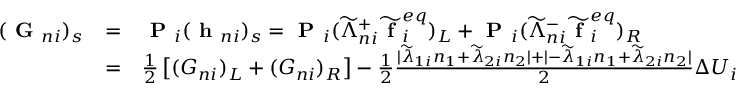
\begin{array} { r } { \begin{array} { l c l } { ( \textbf { G } _ { n i } ) _ { s } } & { = } & { \textbf { P } _ { i } ( \textbf { h } _ { n i } ) _ { s } = \textbf { P } _ { i } ( \widetilde { \Lambda } _ { n i } ^ { + } \widetilde { \textbf { f } } _ { i } ^ { e q } ) _ { L } + \textbf { P } _ { i } ( \widetilde { \Lambda } _ { n i } ^ { - } \widetilde { \textbf { f } } _ { i } ^ { e q } ) _ { R } } \\ & { = } & { \frac { 1 } { 2 } \left[ ( G _ { n i } ) _ { L } + ( G _ { n i } ) _ { R } \right] - \frac { 1 } { 2 } \frac { | \widetilde { \lambda } _ { 1 i } n _ { 1 } + \widetilde { \lambda } _ { 2 i } n _ { 2 } | + | - \widetilde { \lambda } _ { 1 i } n _ { 1 } + \widetilde { \lambda } _ { 2 i } n _ { 2 } | } { 2 } \Delta U _ { i } } \end{array} } \end{array}